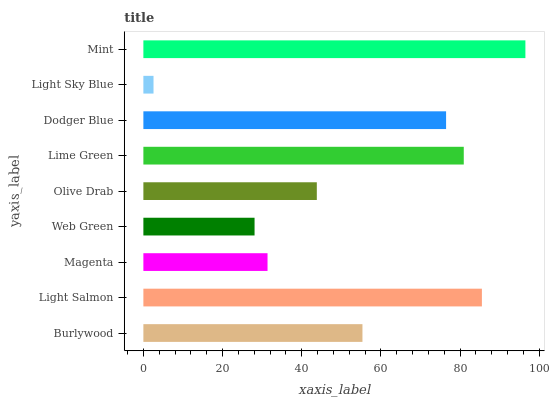
| yaxis_label | bars |
 | --- | --- |
 | Burlywood | 55.3 |
 | Light Salmon | 85.5 |
 | Magenta | 31.4 |
 | Web Green | 28.1 |
 | Olive Drab | 43.8 |
 | Lime Green | 80.9 |
 | Dodger Blue | 76.4 |
 | Light Sky Blue | 2.56 |
 | Mint | 96.5 |